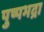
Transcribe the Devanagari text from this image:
पुष्पभद्रा